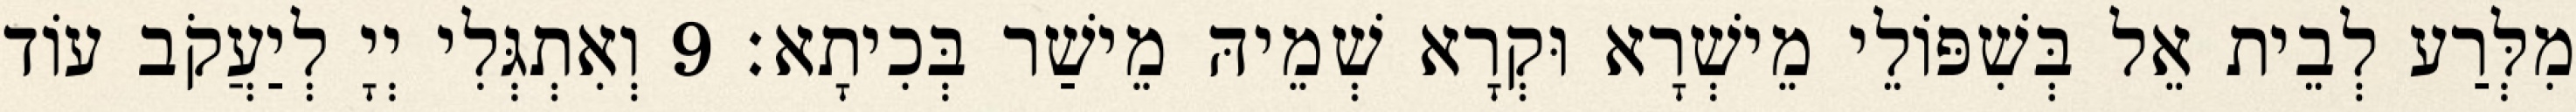
מִלְּרַע לְבֵית אֵל בְּשִׁפּוֹלֵי מֵישְׁרָא וּקְרָא שְׁמֵיהּ מֵישַׁר בְּכִיתָא׃ 9 וְאִתְגְּלִי יְיָ לְיַעֲקֹב עוֹד